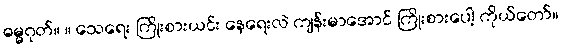
ဓမ္မဂုတ်။ ။ သေရေး ကြိုးစားယင်း နေရေးလဲ ကျန်းမာအောင် ကြိုးစားပေါ့ ကိုယ်တော်။